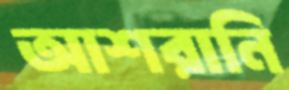
আশরানি